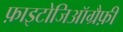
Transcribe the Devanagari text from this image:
फ़ाइटोजिऑग्रैफ़ी